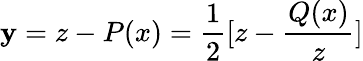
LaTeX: \mathbf{y}=z-P(x)=\frac{{1}}{{2}}[z-\frac{{Q(x)}}{{z}}]